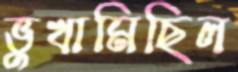
ভুখামিছিল